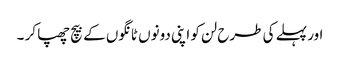
اور پہلے کی طرح لن کو اپنی دونوں ٹانگوں کے بیچ چھپا کر ۔